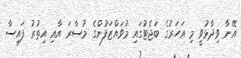
އޭނާ ވިދާޅުވީ މި އަހަރުގެ ބަޖެޓުގައި މުވައްޒަފުންގެ މުސާރަ އާއި އިތުރު ފައިސާ